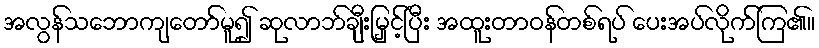
အလွန်သဘောကျတော်မူ၍ ဆုလာဘ်ချီးမြှင့်ပြီး အထူးတာဝန်တစ်ရပ် ပေးအပ်လိုက်ကြ၏။